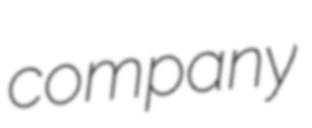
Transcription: company